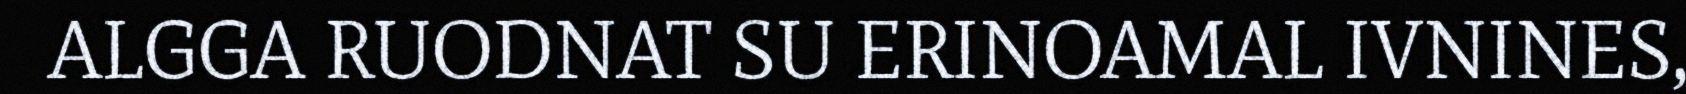
ALGGA RUODNAT SU ERINOAMAL IVNINES,